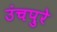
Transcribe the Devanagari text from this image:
उंचपुरे